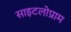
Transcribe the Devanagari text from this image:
साइटलोप्राम